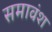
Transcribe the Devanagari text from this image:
समावंश